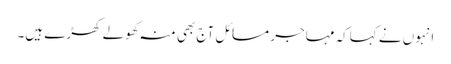
انہوں نے کہاکہ مہاجر مسائل آج بھی منہ کھولے کھڑے ہیں۔